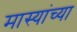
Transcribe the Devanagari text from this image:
मास्यांच्या